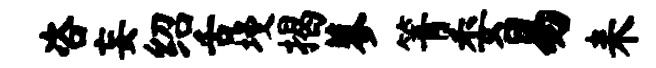
咨妄绍舌墁揭蓼箐委易耒